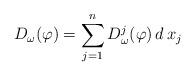
LaTeX: \begin{align*} D_\omega ( \varphi ) = \sum_{j = 1}^n D_\omega^j ( \varphi ) \, d \, x_j \end{align*}